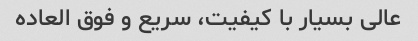
عالی بسیار با کیفیت، سریع و فوق العاده